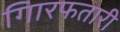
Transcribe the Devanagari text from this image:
गिारफतारी